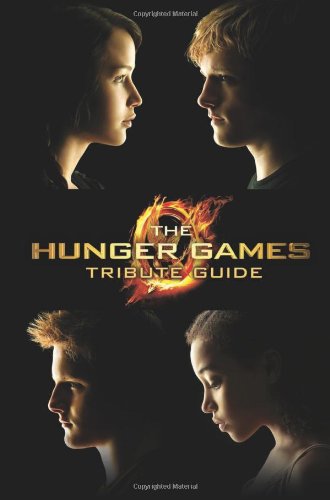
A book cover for The Hunger Games Tribute Guide; Emily Seife; Teen & Young Adult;